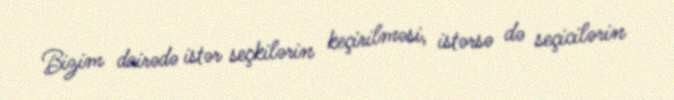
Bizim dairədə istər seçkilərin keçirilməsi, istərsə də seçicilərin